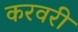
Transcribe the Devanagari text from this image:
करवरी